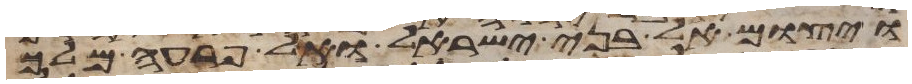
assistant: ויצום אל בני ישראל ואל פרעה מלך